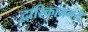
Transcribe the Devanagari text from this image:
द्वारिकानगरी